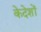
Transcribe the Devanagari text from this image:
केदेशों